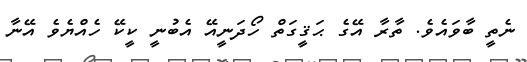
ނެތީ ބާވައެވެ. ތާރާ އޭގެ ޙަޤީގަތް ހޯދަނީއޭ އެބުނީ ކީކޭ ހެއްޔެވެ އޭނާ